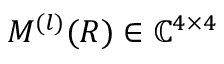
M ^ { ( l ) } ( R ) \in \mathbb { C } ^ { 4 \times 4 }